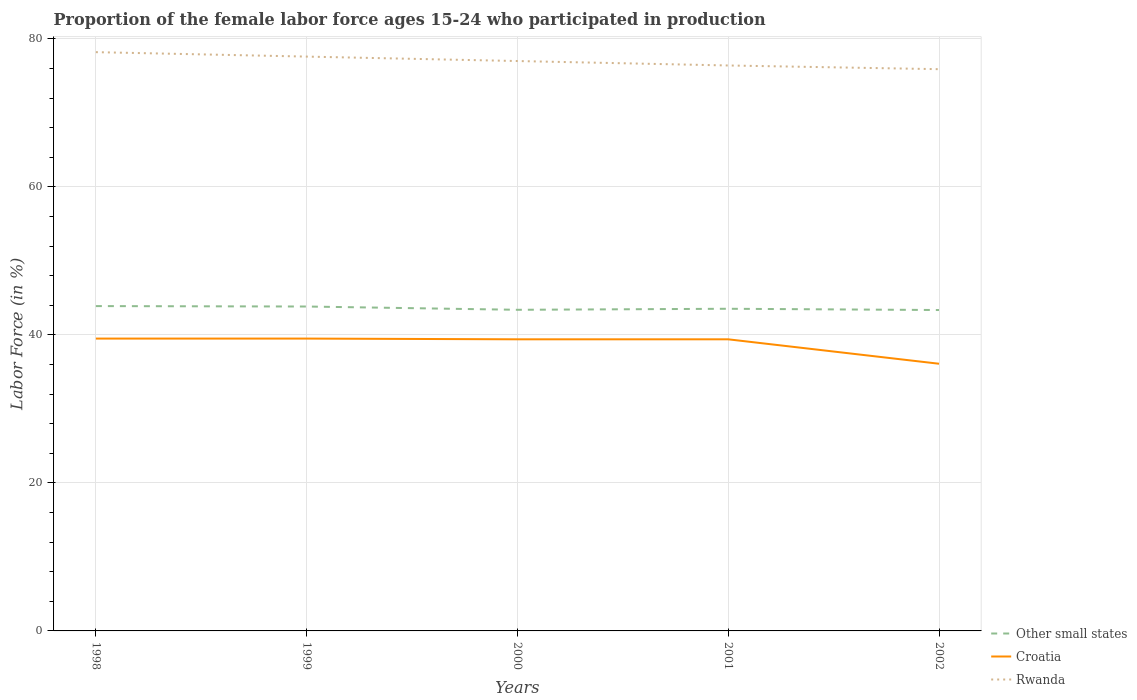
| Years | Other small states | Croatia | Rwanda |
 | --- | --- | --- | --- |
 | 1998 | 43.9 | 39.5 | 78.2 |
 | 1999 | 43.8 | 39.5 | 77.6 |
 | 2000 | 43.4 | 39.4 | 77 |
 | 2001 | 43.5 | 39.4 | 76.4 |
 | 2002 | 43.4 | 36.1 | 75.9 |